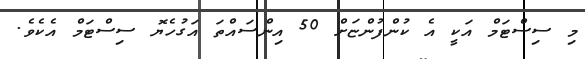
މި ސިސްޓަމް އަކީ އެ ކުންފުންޏަށް 50 އިންސައްތަ އަގުހެޔޮ ސިސްޓަމް އެކެވެ.